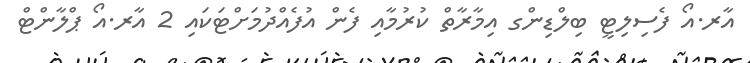
އާރ.އޯ ފެސިލިޓީ ބިލްޑިންގ އިމާރާތް ކުރުމާއި ފެން އުފެއްދުމަށްޓަކައި 2 އާރ.އޯ ޕްލާންޓް